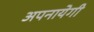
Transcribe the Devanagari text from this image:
अपनायेगी